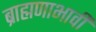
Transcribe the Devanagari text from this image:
ब्राह्मणाभावीं